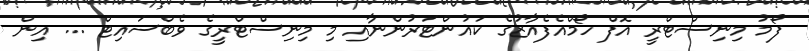
ފޯމު މިނިސްޓްރީ އޮފް ހޯމްއެފެއާޒުގެ ކައުންޓަރުންނާއި މި މިނިސްޓްރީގެ ވެބްސައިޓް ... އިން